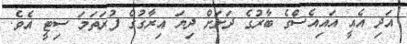
އަދި އެއީ އައިއެސްގެ ބާރުގެ ދަށަށް ދިޔަ އިރާގުގެ ފުރަތަމަ ސިޓީ އެވެ.